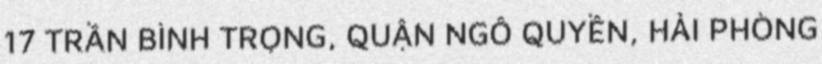
17 TRẦN BÌNH TRỌNG, QUẬN NGÔ QUYỀN, HẢI PHÒNG